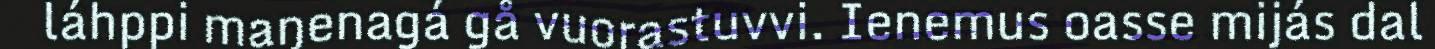
láhppi maŋenagá gå vuorastuvvi. Ienemus oasse mijás dal